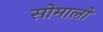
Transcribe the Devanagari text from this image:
सोमालो